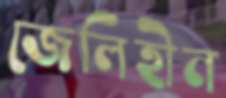
জেলিহীন